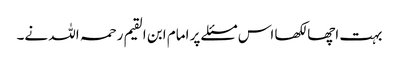
بہت اچھا لکھا اس مسئلے پر امام ابن القیم رحمہ اللہ نے۔